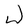
Character: W